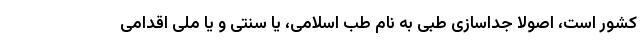
کشور است، اصولا جداسازی طبی به نام طب اسلامی، یا سنتی و یا ملی اقدامی